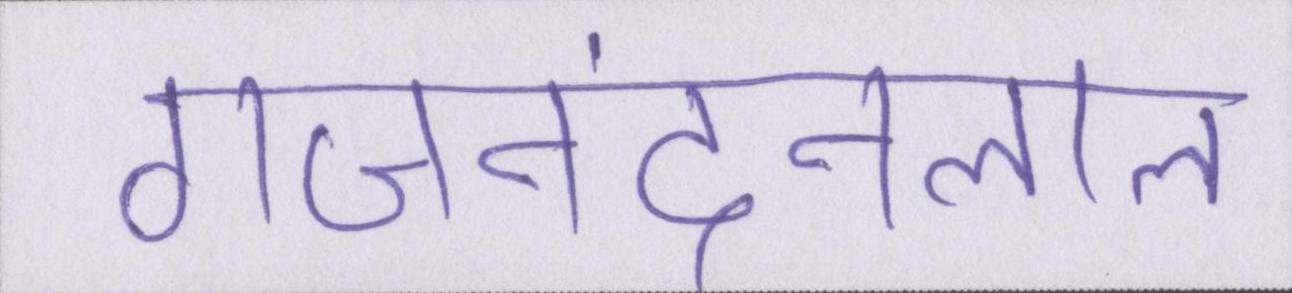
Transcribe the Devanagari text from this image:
गजनंदनलाल